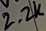
Text: 2.2K